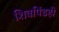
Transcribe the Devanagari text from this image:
शिवपिंडही